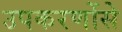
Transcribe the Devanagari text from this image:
उपकरणोंसे